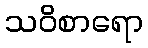
သဝိစာရော